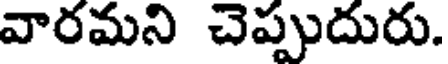
వారమని చెప్పుదురు.